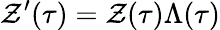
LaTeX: \mathcal{Z}^{\prime}(\tau)=\mathcal{Z}(\tau)\Lambda(\tau)